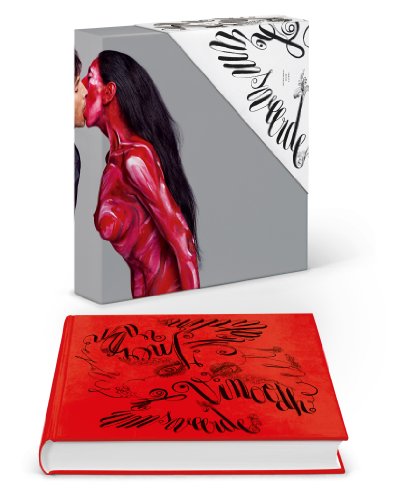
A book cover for Inez van Lamsweerde/Vinoodh Matadin: Pretty Much Everything; Glenn O' Brien; Humor & Entertainment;